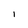
Character: 1